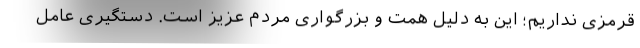
قرمزی نداریم؛ این به دلیل همت و بزرگواری مردم عزیز است. دستگیری عامل